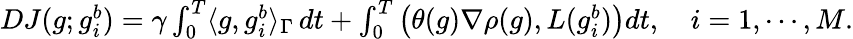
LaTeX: \begin{array}{r}{DJ(g;g_{i}^{b})=\gamma\int_{0}^{T}\langle g,g_{i}^{b}\rangle_{\Gamma}\, dt+\int_{0}^{T}\left(\theta(g)\nabla\rho(g),L(g_{i}^{b})\right)dt,\quad i=1,\cdots,M.}\end{array}